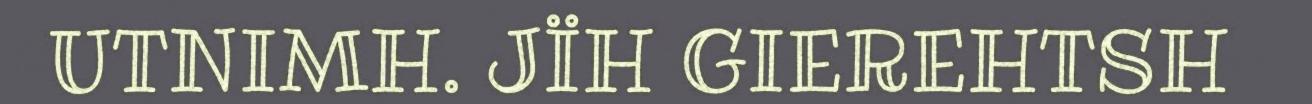
UTNIMH. JÏH GIEREHTSH